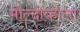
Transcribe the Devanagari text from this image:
मोल्दोव्हाला